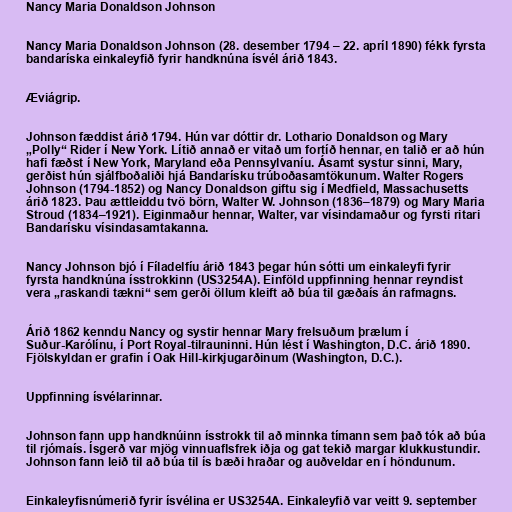
Nancy Maria Donaldson Johnson

Nancy Maria Donaldson Johnson (28. desember 1794 – 22. apríl 1890) fékk fyrsta
bandaríska einkaleyfið fyrir handknúna ísvél árið 1843.

Æviágrip.

Johnson fæddist árið 1794. Hún var dóttir dr. Lothario Donaldson og Mary
„Polly“ Rider í New York. Lítið annað er vitað um fortíð hennar, en talið er að hún
hafi fæðst í New York, Maryland eða Pennsylvaníu. Ásamt systur sinni, Mary,
gerðist hún sjálfboðaliði hjá Bandarísku trúboðasamtökunum. Walter Rogers
Johnson (1794-1852) og Nancy Donaldson giftu sig í Medfield, Massachusetts
árið 1823. Þau ættleiddu tvö börn, Walter W. Johnson (1836–1879) og Mary Maria
Stroud (1834–1921). Eiginmaður hennar, Walter, var vísindamaður og fyrsti ritari
Bandarísku vísindasamtakanna.

Nancy Johnson bjó í Fíladelfíu árið 1843 þegar hún sótti um einkaleyfi fyrir
fyrsta handknúna ísstrokkinn (US3254A). Einföld uppfinning hennar reyndist
vera „raskandi tækni“ sem gerði öllum kleift að búa til gæðaís án rafmagns.

Árið 1862 kenndu Nancy og systir hennar Mary frelsuðum þrælum í
Suður-Karólínu, í Port Royal-tilrauninni. Hún lést í Washington, D.C. árið 1890.
Fjölskyldan er grafin í Oak Hill-kirkjugarðinum (Washington, D.C.).

Uppfinning ísvélarinnar.

Johnson fann upp handknúinn ísstrokk til að minnka tímann sem það tók að búa
til rjómaís. Ísgerð var mjög vinnuaflsfrek iðja og gat tekið margar klukkustundir.
Johnson fann leið til að búa til ís bæði hraðar og auðveldar en í höndunum.

Einkaleyfisnúmerið fyrir ísvélina er US3254A. Einkaleyfið var veitt 9. september